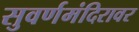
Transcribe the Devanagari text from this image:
सुवर्णमंदिरावर